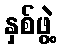
နှစ်ဖွဲ့